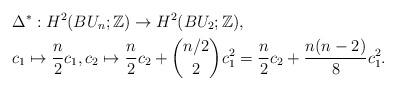
LaTeX: \begin{align*} &\Delta^{*}: H^{2}(BU_n;\mathbb{Z})\rightarrow H^{2}(BU_2;\mathbb{Z}),\\ & c_1\mapsto \frac{n}{2}c_1,c_2\mapsto \frac{n}{2}c_{2}+{{n/2}\choose{2}}c_1^2=\frac{n}{2}c_{2}+\frac{n(n-2)}{8}c_1^2. \end{align*}